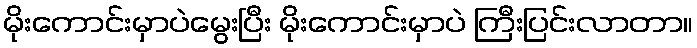
မိုးကောင်းမှာပဲမွေးပြီး မိုးကောင်းမှာပဲ ကြီးပြင်းလာတာ။